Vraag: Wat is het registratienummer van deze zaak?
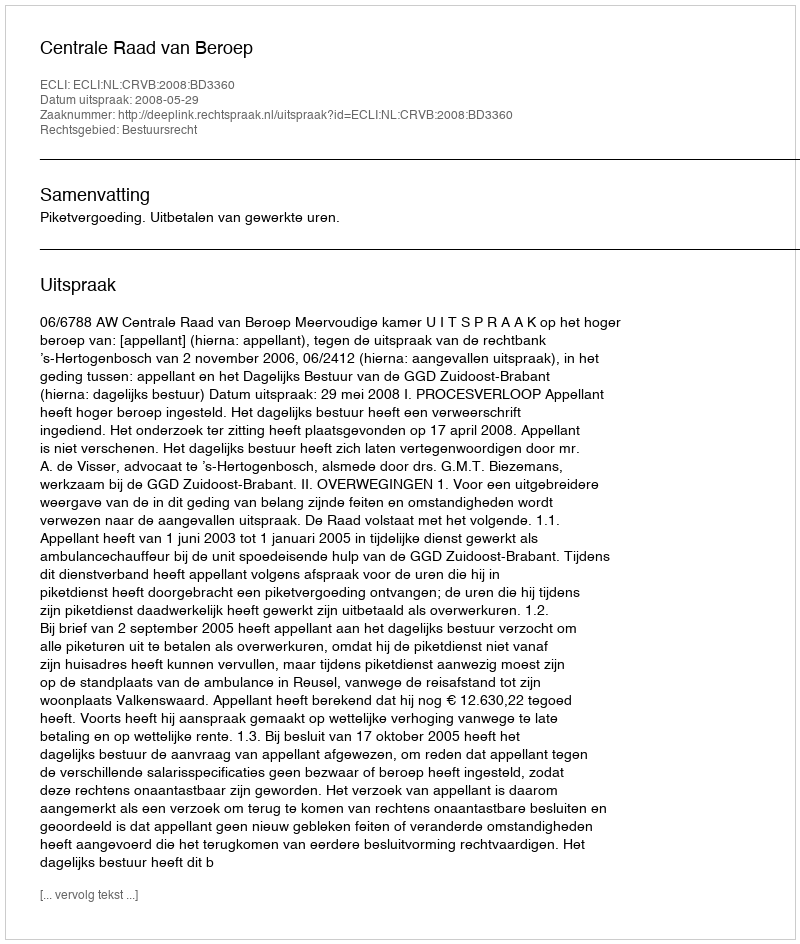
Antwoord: http://deeplink.rechtspraak.nl/uitspraak?id=ECLI:NL:CRVB:2008:BD3360